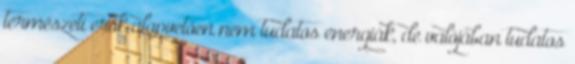
természeti erők alapvetően nem tudatos energiák, de valójában tudatos